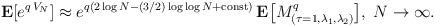
LaTeX: \begin{align*}{\bf E}[e^{q\,V_N}] \approx e^{q(2\log N-(3/2)\log\log N+{\rm const})}\,{\bf E}\bigl[M^q_{(\tau=1,\lambda_1,\lambda_2)}\bigr],\;N\rightarrow\infty.\end{align*}